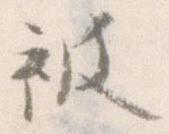
被